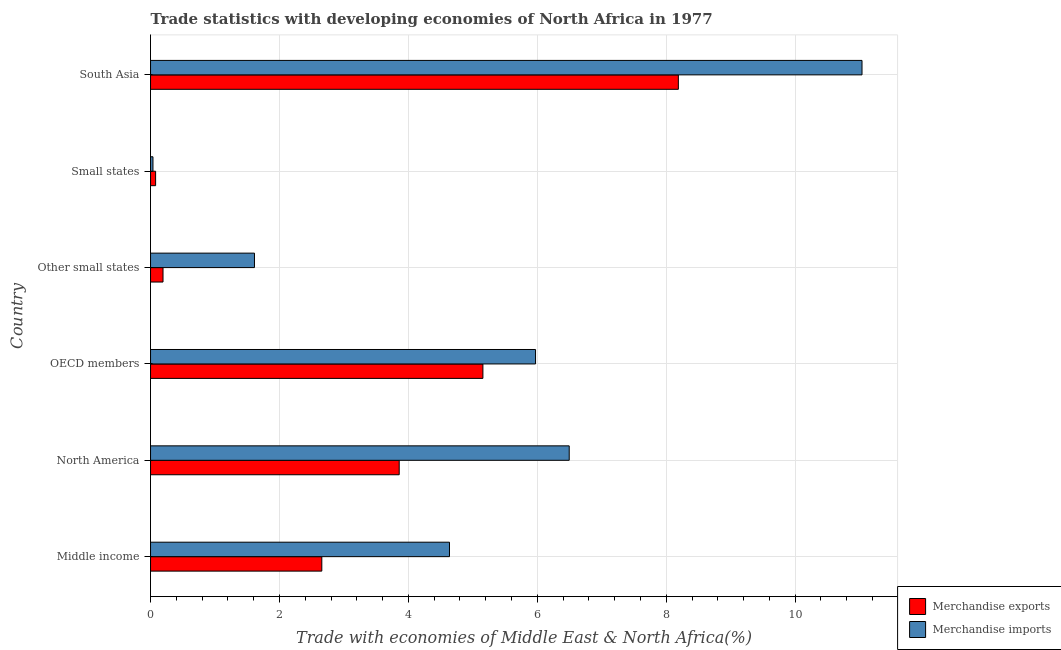
| Country | Merchandise exports | Merchandise imports |
 | --- | --- | --- |
 | Middle income | 2.66 | 4.64 |
 | North America | 3.86 | 6.49 |
 | OECD members | 5.16 | 5.97 |
 | Other small states | 0.194 | 1.61 |
 | Small states | 0.0787 | 0.0378 |
 | South Asia | 8.19 | 11 |